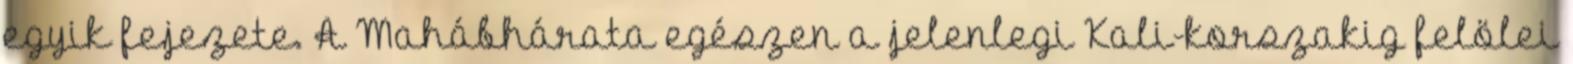
egyik fejezete. A Mahábhárata egészen a jelenlegi Kali-korszakig felölei